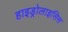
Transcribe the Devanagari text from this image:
हाइड्रोलाइसिस